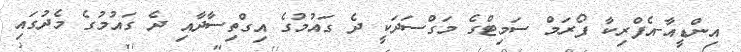
އިންޑީއާ-އެފްރިކާ ފޯރަމް ސަމިޓްގެ މަގްސަދަކީ ދެ ގައުމުގެ އިގްތިސާދާއި ދެ ގައުމުގެ މެދުގައި